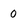
Character: 0